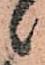
々